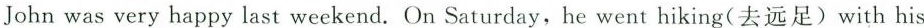
John was very happy last weekend. On Saturday,he went hiking(去远足)with his